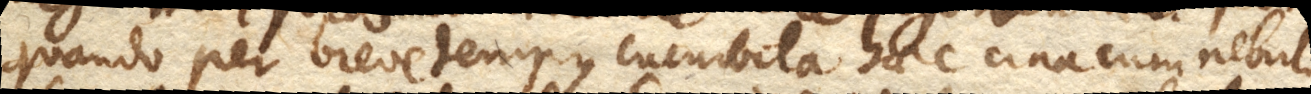
quando per breve tempus cucurbita haec una cum nebula